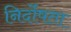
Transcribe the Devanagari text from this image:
निर्दोषता